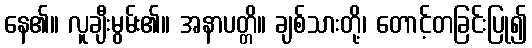
နေ၏။ လူချီးမွမ်း၏။ အနာပတ္တိ။ ချစ်သားတို့၊ တောင့်တခြင်းပြု၍